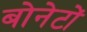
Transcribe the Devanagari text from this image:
बोनेटों